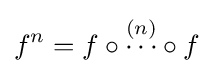
f^{n}=f\circ {\stackrel {\left(n\right)}{\cdots }}\circ f